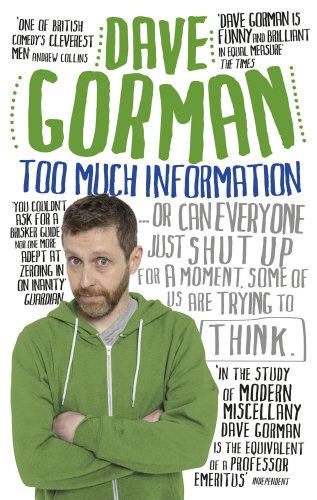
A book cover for Too Much Information: Or: Can Everyone Just Shut Up for a Moment, Some of Us Are Trying to Think; Dave Gorman; Humor & Entertainment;